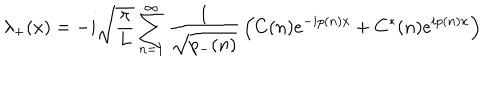
\lambda _ { + } ( x ) = - i \sqrt { { \frac { \pi } { L } } } \sum _ { n = 1 } ^ { \infty } { \frac { 1 } { \sqrt { p _ { - } ( n ) } } } \left( C ( n ) e ^ { - i p ( n ) x } + C ^ { * } ( n ) e ^ { i p ( n ) x } \right)